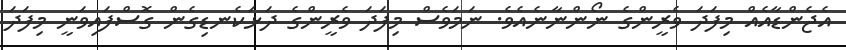
އެޖެންޑާއެއް މިފަދަ ވެރީންގެ ނޯންނާނެއެވެ. ނަމަވެސް މިފަދަ ވެރީންގެ ދަޅަކެނޑިގެން ގޮސްފައިވަނީ މިފަދަ